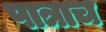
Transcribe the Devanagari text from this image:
पात्राच